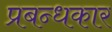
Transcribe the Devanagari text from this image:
प्रबन्धकार